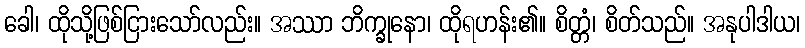
ခေါ၊ ထိုသို့ဖြစ်ငြားသော်လည်း။ အဿာ ဘိက္ခုနော၊ ထိုရဟန်း၏။ စိတ္တံ၊ စိတ်သည်။ အနုပါဒါယ၊